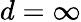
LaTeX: d=\infty